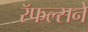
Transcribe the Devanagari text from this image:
रॅफल्सने